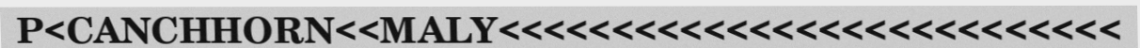
P<CANCHHORN<<MALY<<<<<<<<<<<<<<<<<<<<<<<<<<<